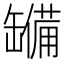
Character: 𮉹